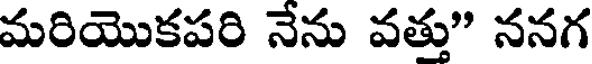
మరియొకపరి నేను వత్తు" ననగ